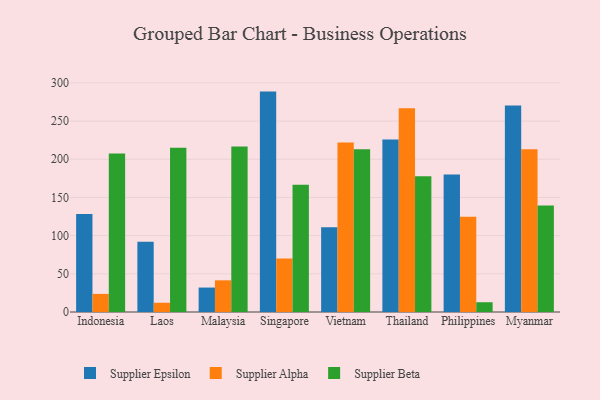
{"axis": {"x": "Country", "y": "Conversion Rate (%)"}, "legend": ["Supplier Alpha", "Supplier Beta", "Supplier Epsilon"], "data": [{"x": "Indonesia", "y": 128.4, "type": "Supplier Epsilon"}, {"x": "Indonesia", "y": 23.7, "type": "Supplier Alpha"}, {"x": "Indonesia", "y": 207.6, "type": "Supplier Beta"}, {"x": "Laos", "y": 91.9, "type": "Supplier Epsilon"}, {"x": "Laos", "y": 12.1, "type": "Supplier Alpha"}, {"x": "Laos", "y": 215.1, "type": "Supplier Beta"}, {"x": "Malaysia", "y": 32.0, "type": "Supplier Epsilon"}, {"x": "Malaysia", "y": 41.5, "type": "Supplier Alpha"}, {"x": "Malaysia", "y": 216.8, "type": "Supplier Beta"}, {"x": "Singapore", "y": 288.6, "type": "Supplier Epsilon"}, {"x": "Singapore", "y": 70.2, "type": "Supplier Alpha"}, {"x": "Singapore", "y": 166.5, "type": "Supplier Beta"}, {"x": "Vietnam", "y": 111.1, "type": "Supplier Epsilon"}, {"x": "Vietnam", "y": 221.8, "type": "Supplier Alpha"}, {"x": "Vietnam", "y": 213.2, "type": "Supplier Beta"}, {"x": "Thailand", "y": 225.8, "type": "Supplier Epsilon"}, {"x": "Thailand", "y": 266.9, "type": "Supplier Alpha"}, {"x": "Thailand", "y": 177.7, "type": "Supplier Beta"}, {"x": "Philippines", "y": 180.2, "type": "Supplier Epsilon"}, {"x": "Philippines", "y": 124.6, "type": "Supplier Alpha"}, {"x": "Philippines", "y": 12.8, "type": "Supplier Beta"}, {"x": "Myanmar", "y": 270.3, "type": "Supplier Epsilon"}, {"x": "Myanmar", "y": 213.0, "type": "Supplier Alpha"}, {"x": "Myanmar", "y": 139.5, "type": "Supplier Beta"}]}